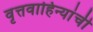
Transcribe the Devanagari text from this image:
वृत्तवाहिन्यांची